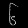
Digit: ၆